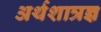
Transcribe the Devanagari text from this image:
अर्थशात्रज्ञ